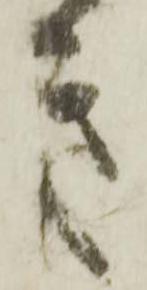
き